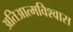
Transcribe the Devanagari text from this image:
अतिआत्मविश्वास